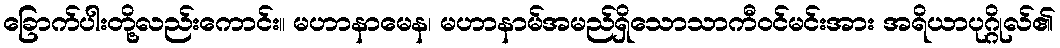
ခြောက်ပါးတို့လည်းကောင်း။ မဟာနာမေန၊ မဟာနာမ်အမည်ရှိသောသာကီဝင်မင်းအား အရိယာပုဂ္ဂိုလ်၏